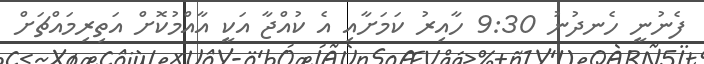
ފެނުނީ ހެނދުނު 9:30 ހާއިރު ކަމަށާއި އެ ކުއްޖާ އަކީ އާއްމުކޮށް އަތިރިމައްޗަށް